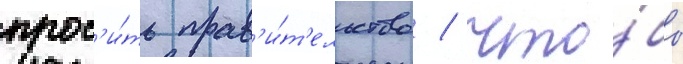
прос'и́ть прав'и́т'ельство / что́бы